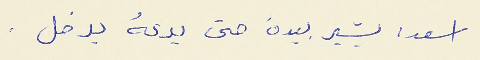
اسعد : يشير بيدهُ حتى يدعهُ يدخل .